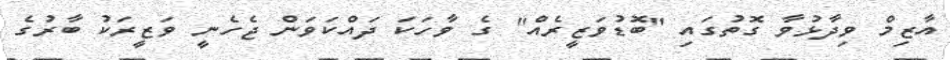
އާޒިމް ވިދާޅުވާ ގޮތުގައި "ބޮޑުވަޒީރެއް" ގެ ވާހަކަ ދައްކަވަން ޖެހެނީ ވަޒީރަކު ބާރުގެ